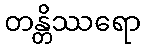
တန္တိဿရော